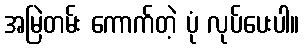
အမြဲတမ်း ကောက်တဲ့ ပုံ လုပ်ပေးပါ။